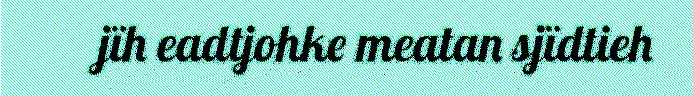
jïh eadtjohke meatan sjïdtieh